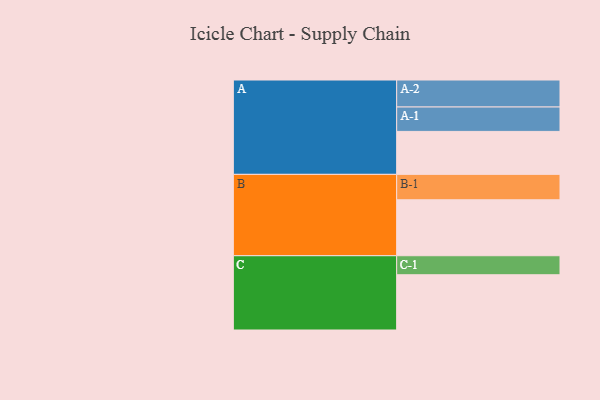
{"axis": {"x": "Segment", "y": "Value"}, "legend": ["", "A", "B", "C"], "data": [{"x": "A", "y": 436, "type": ""}, {"x": "B", "y": 568, "type": ""}, {"x": "C", "y": 561, "type": ""}, {"x": "A-1", "y": 248, "type": "A"}, {"x": "A-2", "y": 274, "type": "A"}, {"x": "B-1", "y": 258, "type": "B"}, {"x": "C-1", "y": 193, "type": "C"}]}